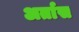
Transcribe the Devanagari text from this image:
अर्तास